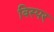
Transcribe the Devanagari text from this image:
विस्पर